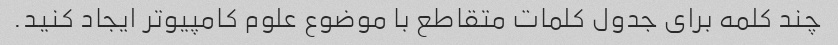
چند کلمه برای جدول کلمات متقاطع با موضوع علوم کامپیوتر ایجاد کنید.